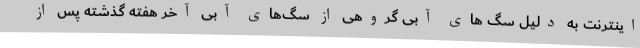
اینترنت به دلیل سگ های آبی گروهی از سگ‌های آبی آخر هفته گذشته پس از